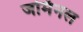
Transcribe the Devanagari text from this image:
जर्मिनल